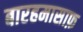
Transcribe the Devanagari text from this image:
बारहमासाफ़